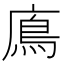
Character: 𩾦